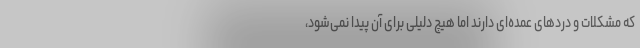
که مشکلات و دردهای عمده‌ای دارند اما هیچ دلیلی برای آن پیدا نمی‌شود،